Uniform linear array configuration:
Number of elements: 64
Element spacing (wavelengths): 1
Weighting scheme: binomial
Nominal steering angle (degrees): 0
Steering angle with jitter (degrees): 0.2992
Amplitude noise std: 0.05
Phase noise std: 0.05

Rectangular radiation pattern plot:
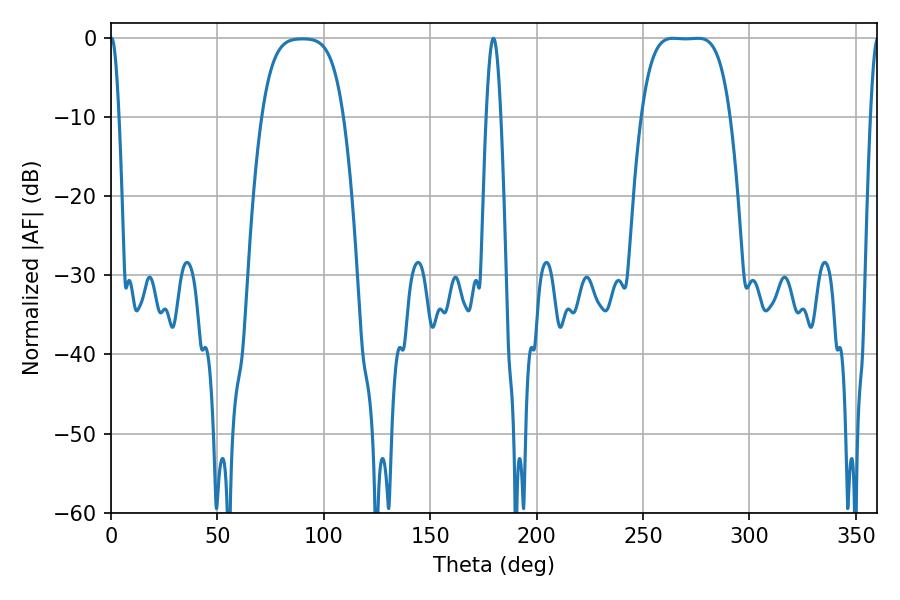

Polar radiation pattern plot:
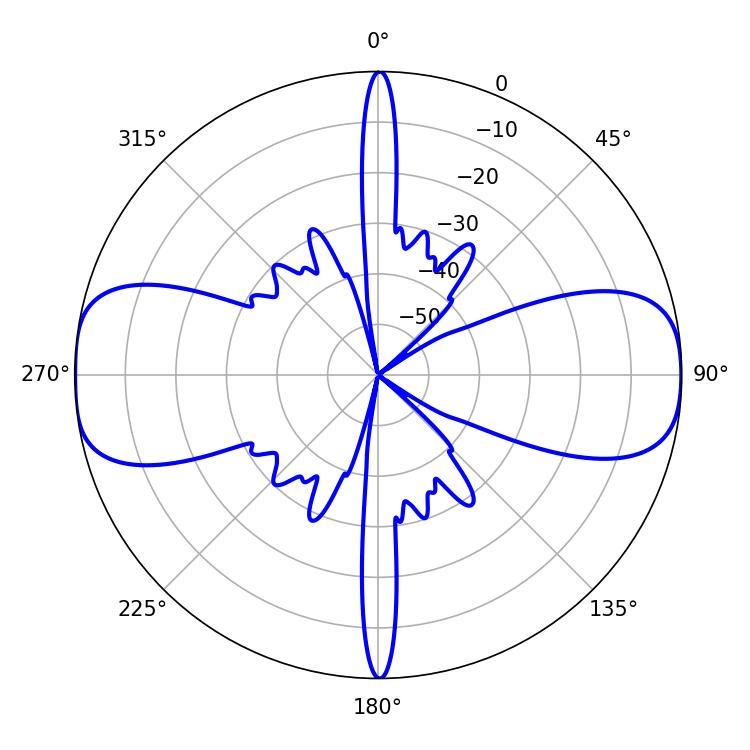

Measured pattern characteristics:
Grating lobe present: TRUE
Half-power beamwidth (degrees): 31.68
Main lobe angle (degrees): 264.24